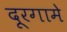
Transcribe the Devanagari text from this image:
दूरगामे